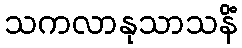
သကလာနုသာသနိံ